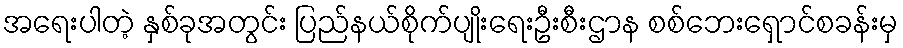
အရေးပါတဲ့ နှစ်ခုအတွင်း ပြည်နယ်စိုက်ပျိုးရေးဦးစီးဌာန စစ်ဘေးရှောင်စခန်းမှ